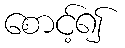
စောင့်၍